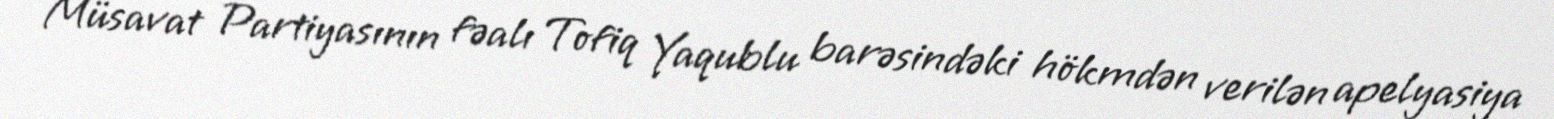
Müsavat Partiyasının fəalı Tofiq Yaqublu barəsindəki hökmdən verilən apelyasiya